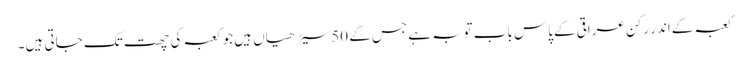
کعبہ کےاندر رکن عراقی کےپاس باب توبہ ہےجس کے 50 سیڑھیاں ہیں جو کعبہ کی چھت تک جاتی ہیں۔